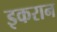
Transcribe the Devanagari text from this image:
इकरान